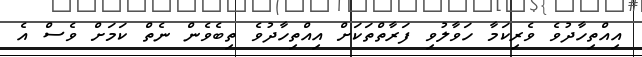
އިއްތިހާދުވެ ވެރިކަމާ ހަވާލުވި ފަރާތްތަކަށް އިއްތިހާދުވެ ތިބެވެން ނެތް ކަމަށް ވެސް އެ